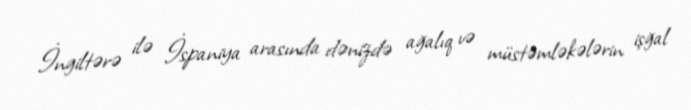
İngiltərə ilə İspaniya arasında dənizdə ağalıq və müstəmləkələrin işğal